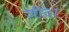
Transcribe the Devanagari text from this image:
जींद।